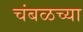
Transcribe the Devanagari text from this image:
चंबळच्या